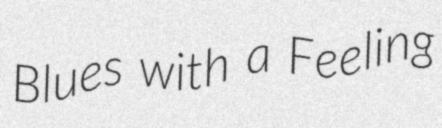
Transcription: Blues with a Feeling